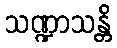
သဏ္ဍာသန္တိ